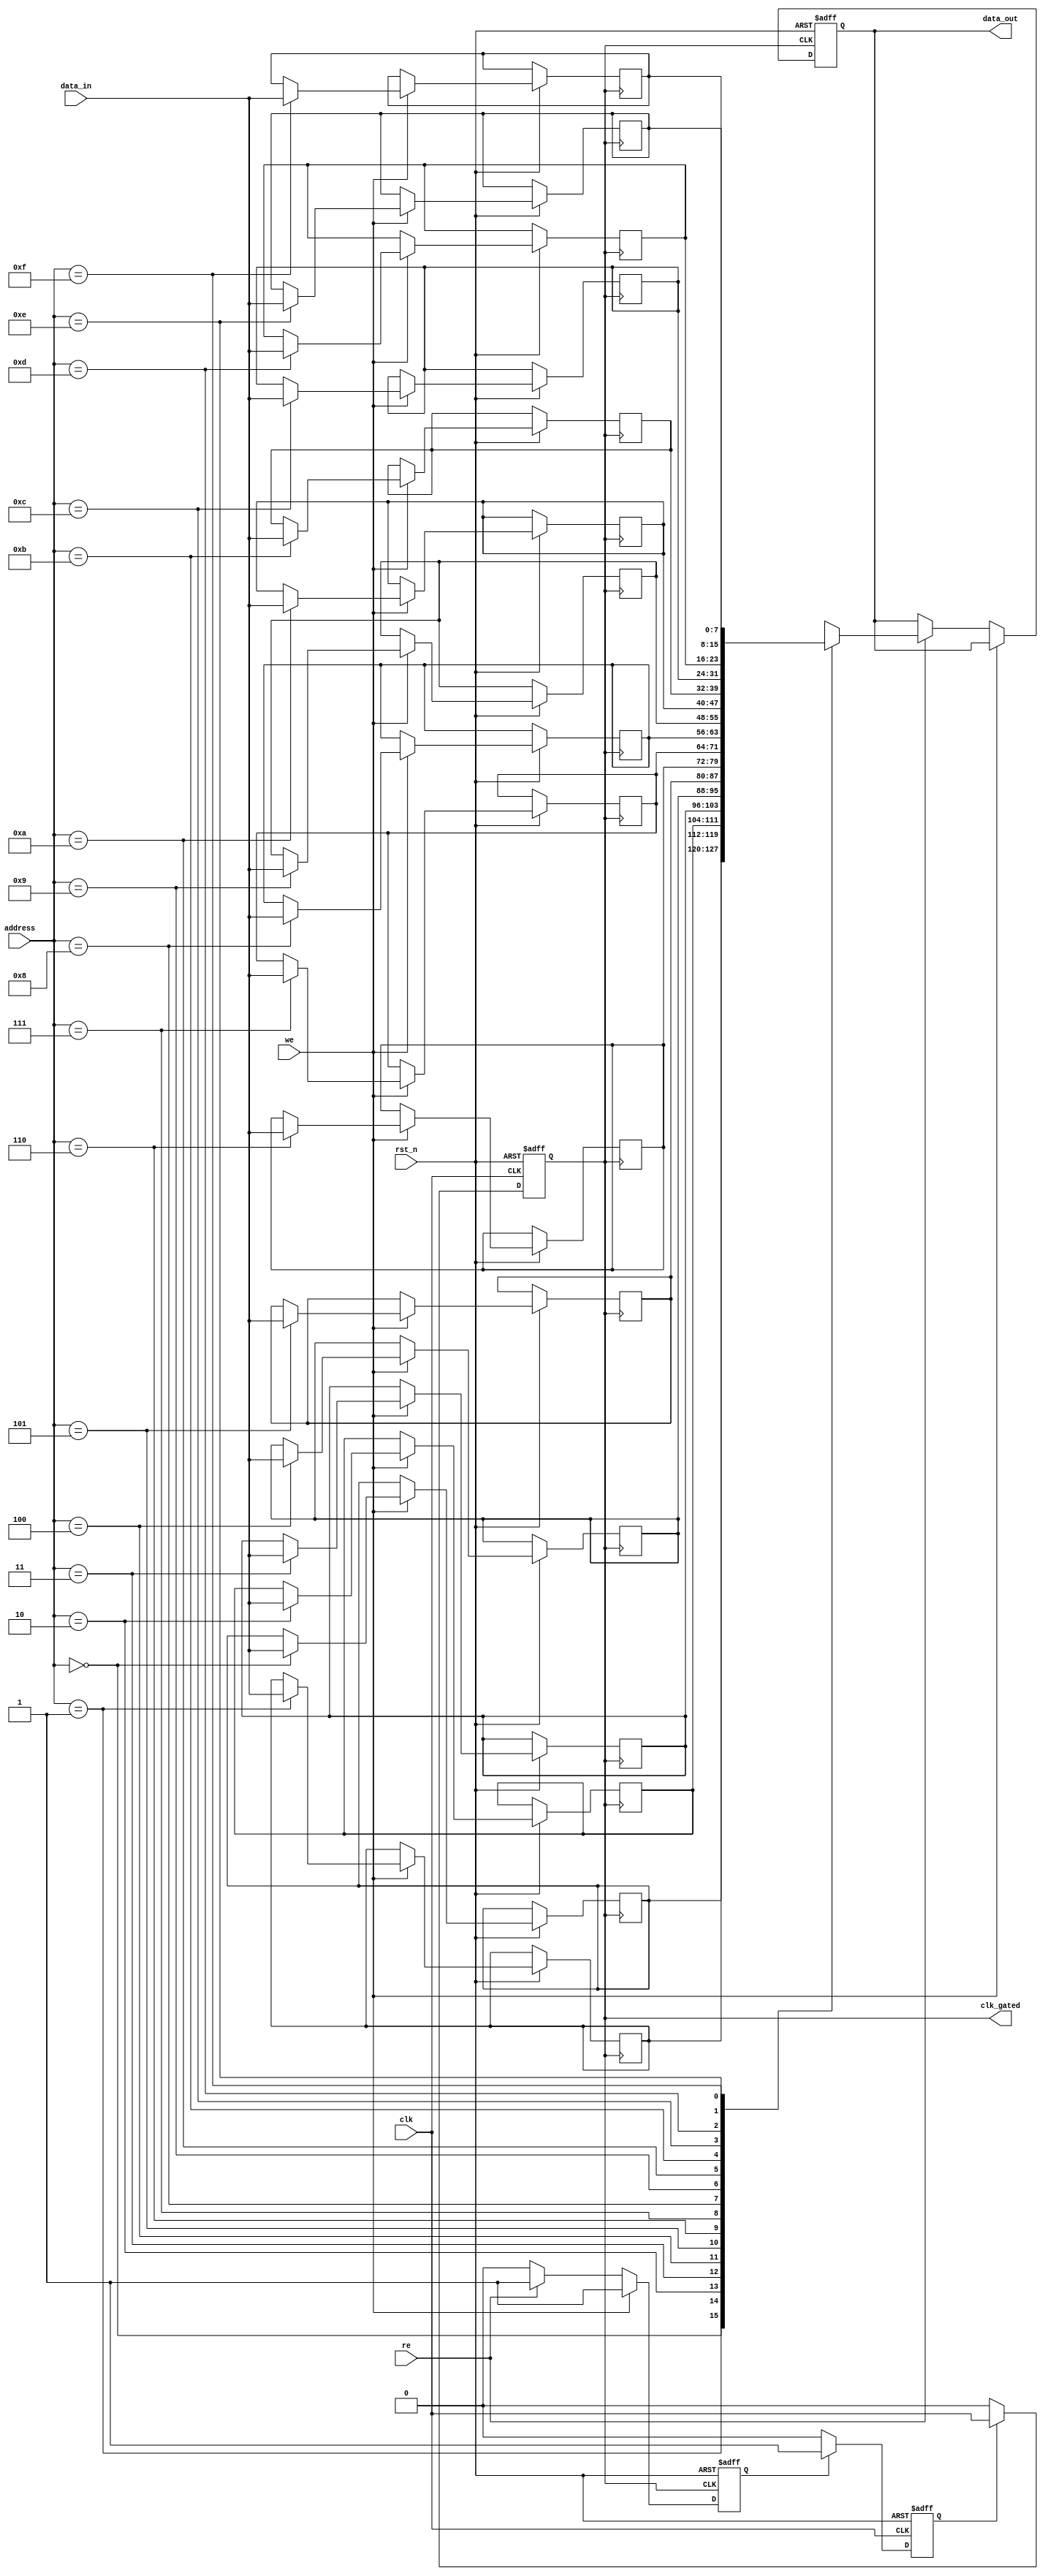
module MemoryBlock (
    input wire clk,               // Main clock input
    input wire rst_n,             // Active low reset
    input wire [7:0] data_in,     // Data input for write operations
    input wire [3:0] address,      // Address input
    input wire we,                // Write enable
    input wire re,                // Read enable
    output reg [7:0] data_out,    // Data output for read operations
    output reg clk_gated          // Gated clock output
);

// Memory Array
reg [7:0] memory_array [0:15]; // 16 x 8-bit memory

// Internal signals
reg valid_data;                // Signal to indicate valid output data
reg clk_enable;                // Clock enable signal

// Clock Gating Control Logic
always @(posedge clk or negedge rst_n) begin
    if (!rst_n) begin
        clk_enable <= 1'b0;
        clk_gated <= 1'b0;
    end else begin
        // Check the output state
        if (valid_data) begin
            clk_enable <= 1'b1;  // Enable clock if valid data is present
        end else begin
            clk_enable <= 1'b0;  // Disable clock otherwise
        end
        
        // Gated clock signal
        clk_gated <= clk_enable ? clk : 1'b0;
    end
end

// Memory Read/Write Operations
always @(posedge clk_gated or negedge rst_n) begin
    if (!rst_n) begin
        data_out <= 8'b0;
        valid_data <= 1'b0;
    end else begin
        if (we) begin
            // Write operation
            memory_array[address] <= data_in;
            valid_data <= 1'b1;     // Mark that valid data is being written
        end else if (re) begin
            // Read operation
            data_out <= memory_array[address];
            valid_data <= 1'b1;     // Mark that valid data is being read
        end else begin
            valid_data <= 1'b0;     // No valid data if neither read nor write
        end
    end
end

endmodule